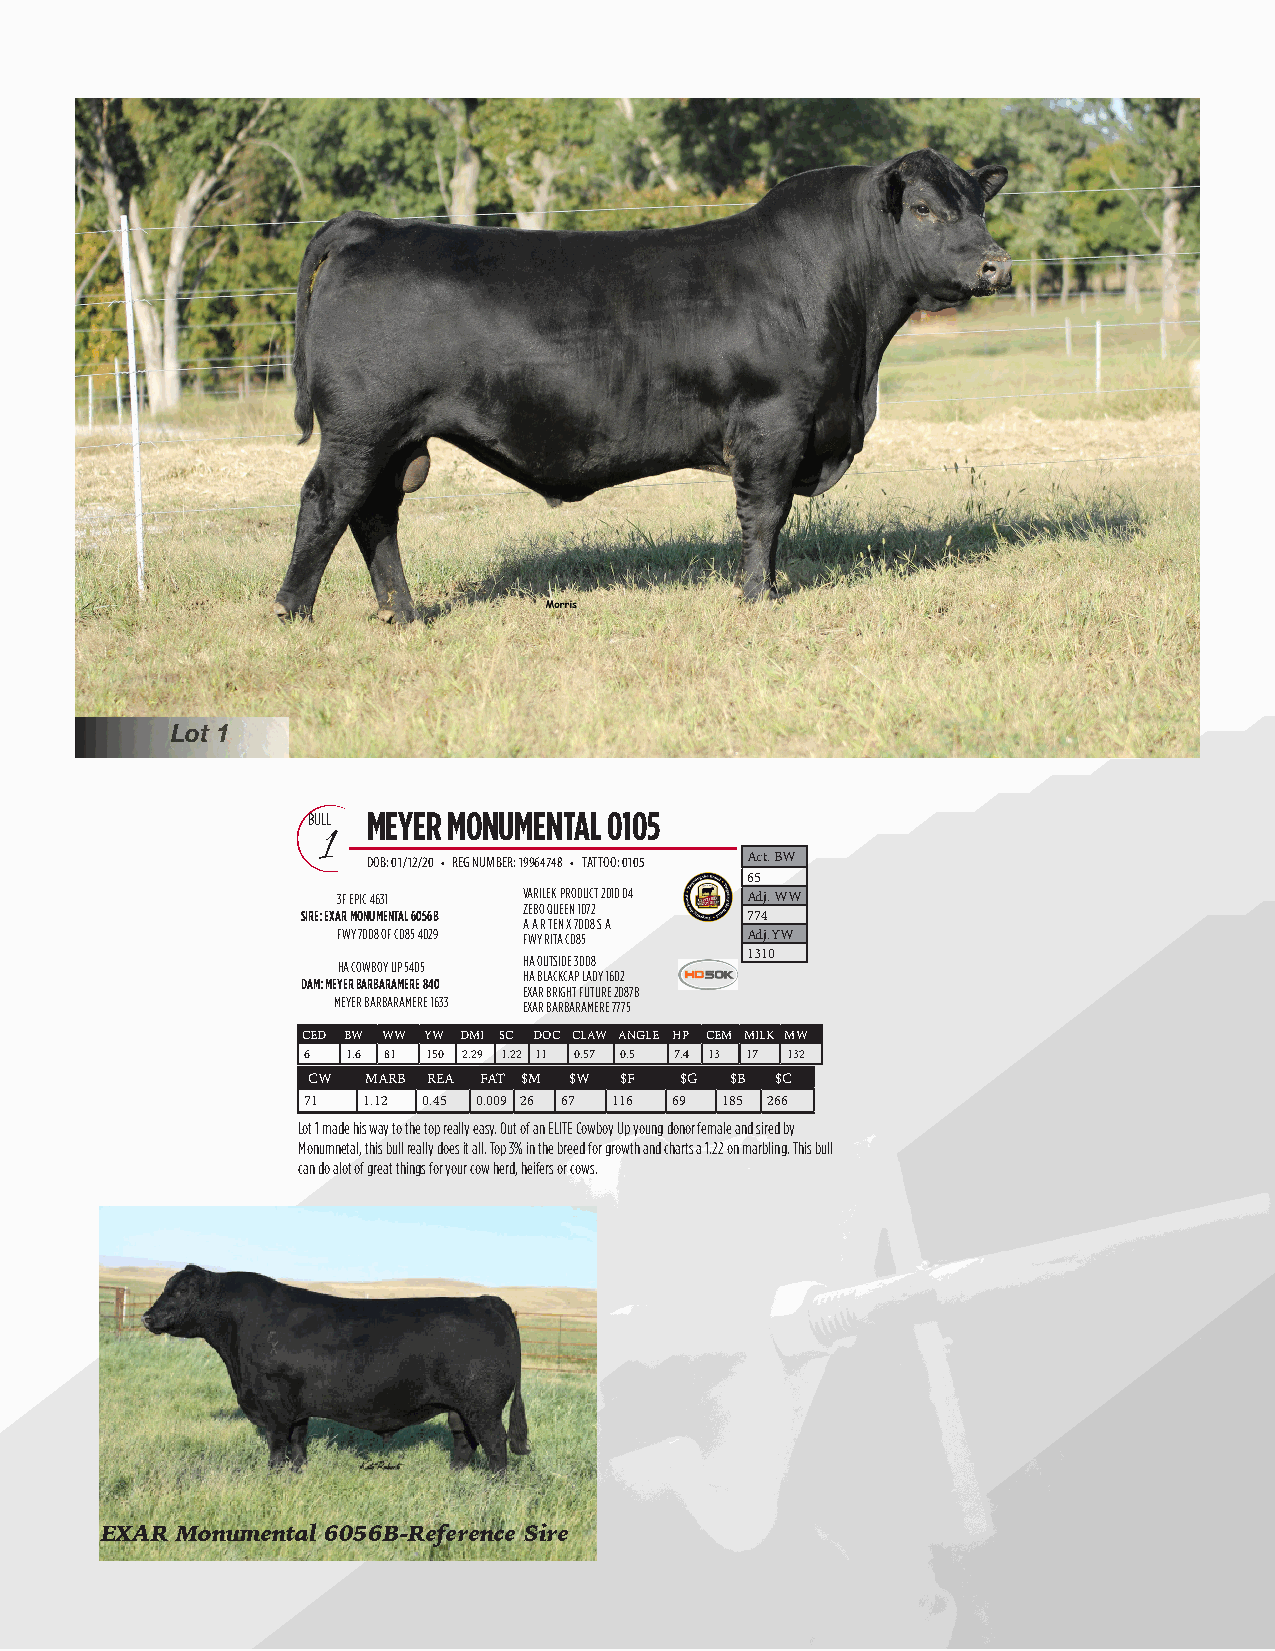
Lot 1
 BULL MEYER MONUMENTAL 0105
 1
 DOB: 01/12/20 • REG NUMBER: 19964748 • TATTOO: 0105 Act. BW
 65
 3F EPIC 4631 VARILEK PRODUCT 2010 04 Adj. WW
 ZEBO QUEEN 1072
 SIRE: EXAR MONUMENTAL 6056B  774
 A A R TEN X 7008 S A
 FWY 7008 OF C085 4029 FWY RITA C085 Adj.YW
 HA COWBOY UP 5405 HA OUTSIDE 3008 1310
 HA BLACKCAP LADY 1602
 DAM: MEYER BARBARAMERE 840
 EXAR BRIGHT FUTURE 2087B
 MEYER BARBARAMERE 1633 EXAR BARBARAMERE 7775
 CED BW WW YW DMI SC DOC CLAW ANGLE HP CEM MILK MW
 6  1.6 81 150 2.29 1.22 11 0.57 0.5 7.4 13 17 132
 CW  MARB REA FAT $M $W $F $G $B $C
 71  1.12 0.45 0.009 26 67 116 69 185 266
 Lot 1 made his way to the top really easy. Out of an ELITE Cowboy Up young donor female and sired by
 Monumnetal, this bull really does it all. Top 3% in the breed for growth and charts a 1.22 on marbling. This bull
 can do alot of great things for your cow herd, heifers or cows.
 EXAR Monumental 6056B-Reference Sire